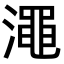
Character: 澠